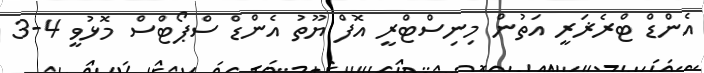
އެންޑް ޓްރެޜަރީ އަތުން މިނިސްޓްރީ އޮފް ޔޫތު އެންޑް ސްޕޯޓްސް މޮޅުވީ 4-3